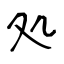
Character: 処